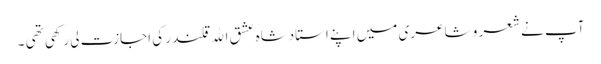
آپ نے شعر و شاعری میں اپنے استادشاہ عشق اﷲ قلندر کی اجازت لی رکھی تھی ۔